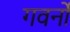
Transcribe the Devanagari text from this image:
गवर्नो